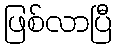
ဖြစ်လာပြီ